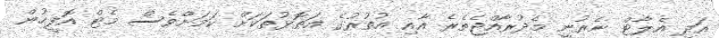
އަދި އެލާޓް ނެރުނީ މެދުރާއްޖެތެރެ އާއި އުތުރުގެ އަތޮޅުތަކަށް ކަމަށްވެސް މެޓް އޮފީހުން